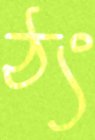
ঠং